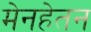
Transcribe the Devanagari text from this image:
मेनहेतन